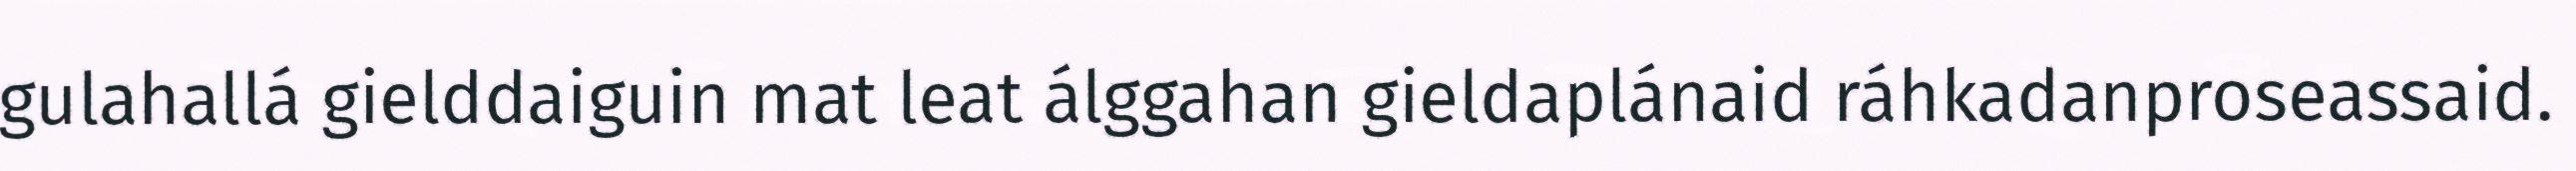
gulahallá gielddaiguin mat leat álggahan gieldaplánaid ráhkadanproseassaid.